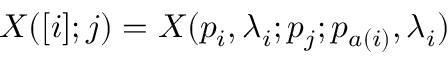
X ( [ i ] ; j ) = X ( p _ { i } , \lambda _ { i } ; p _ { j } ; p _ { a ( i ) } , \lambda _ { i } )